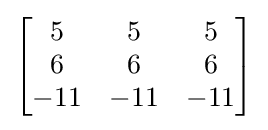
{\begin{bmatrix}5&5&5\\6&6&6\\-11&-11&-11\end{bmatrix}}